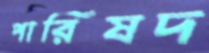
পারিষদ